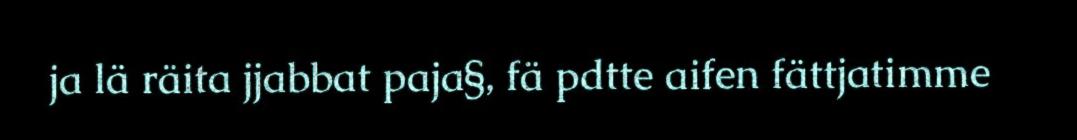
ja lä räita jjabbat paja§, fä pdtte aifen fättjatimme